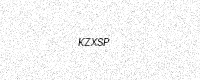
Text: KZXSP